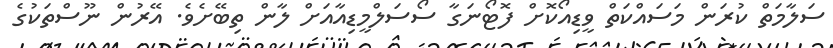
ސަލާމަތް ކުރަން މަސައްކަތް ވީޑިއޯކޮށް ފޮޓޯނަގާ ސޯސަލްމީޑިއާއަށް ލާން ތިބޭށެވެ. އޭރުން ނޫސްތަކުގެ